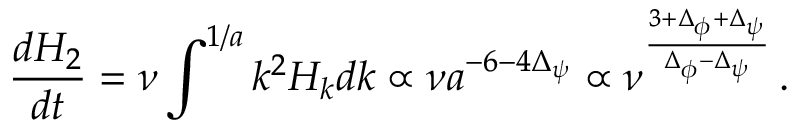
{ \frac { d H _ { 2 } } { d t } } = \nu \int \sp { 1 / a } k \sp 2 H _ { k } d k \propto \nu a \sp { - 6 - 4 \Delta _ { \psi } } \propto \nu \sp { \frac { 3 + \Delta _ { \phi } + \Delta _ { \psi } } { \Delta _ { \phi } - \Delta _ { \psi } } } \, .